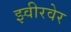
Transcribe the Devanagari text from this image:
झ्वीरवेर